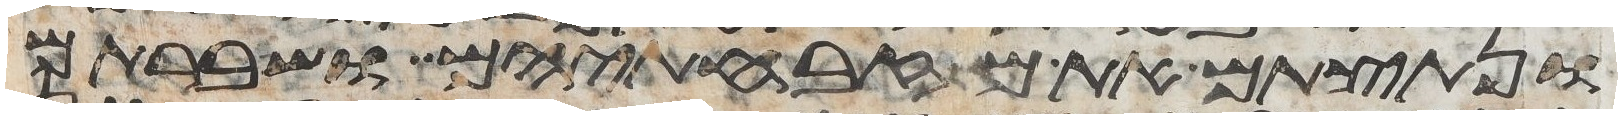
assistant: ונתצתם את מזבחתיהם ושברתם